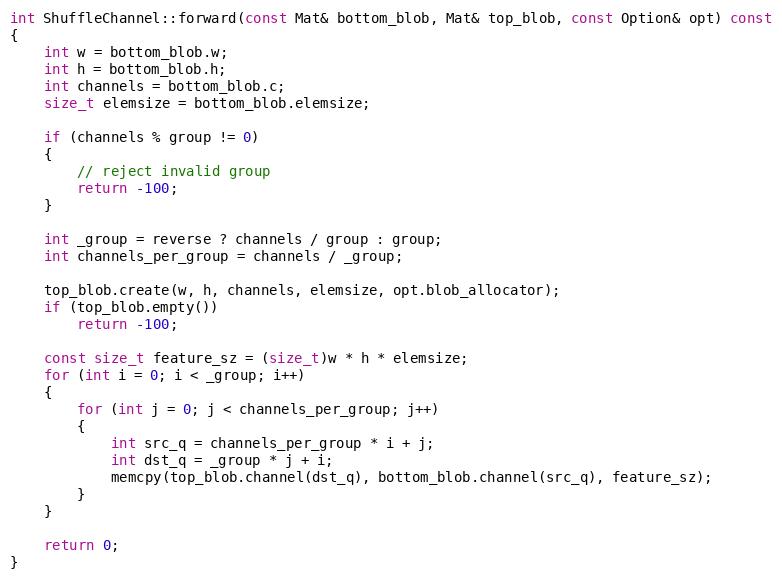
Language: C++
int ShuffleChannel::forward(const Mat& bottom_blob, Mat& top_blob, const Option& opt) const
{
    int w = bottom_blob.w;
    int h = bottom_blob.h;
    int channels = bottom_blob.c;
    size_t elemsize = bottom_blob.elemsize;

    if (channels % group != 0)
    {
        // reject invalid group
        return -100;
    }

    int _group = reverse ? channels / group : group;
    int channels_per_group = channels / _group;

    top_blob.create(w, h, channels, elemsize, opt.blob_allocator);
    if (top_blob.empty())
        return -100;

    const size_t feature_sz = (size_t)w * h * elemsize;
    for (int i = 0; i < _group; i++)
    {
        for (int j = 0; j < channels_per_group; j++)
        {
            int src_q = channels_per_group * i + j;
            int dst_q = _group * j + i;
            memcpy(top_blob.channel(dst_q), bottom_blob.channel(src_q), feature_sz);
        }
    }

    return 0;
}